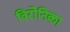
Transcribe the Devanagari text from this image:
विरोनिका